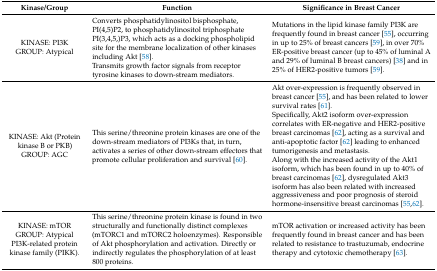
<table><thead><tr><td><b>Kinase/Group</b></td><td><b>Function</b></td><td><b>Significance in Breast Cancer</b></td></tr></thead><tbody><tr><td>KINASE: PI3K GROUP: Atypical</td><td>Converts phosphatidylinositol bisphosphate, PI(4,5)P2, to phosphatidylinositol triphosphate PI(3,4,5,)P3, which acts as a docking phospholipid site for the membrane localization of other kinases including Akt [58].Transmits growth factor signals from receptor tyrosine kinases to down-stream mediators.</td><td>Mutations in the lipid kinase family PI3K are frequently found in breast cancer [55], occurring in up to 25% of breast cancers [59], in over 70% ER-positive breast cancer (up to 45% of luminal A and 29% of luminal B breast cancers) [38] and in 25% of HER2-positive tumors [59].</td></tr><tr><td>KINASE: Akt (Protein kinase B or PKB) GROUP: AGC</td><td>This serine/threonine protein kinases are one of the down-stream mediators of PI3Ks that, in turn, activates a series of other down-stream effectors that promote cellular proliferation and survival [60].</td><td>Akt over-expression is frequently observed in breast cancer [55], and has been related to lower survival rates [61]. Specifically, Akt2 isoform over-expression correlates with ER-negative and HER2-positive breast carcinomas [62], acting as a survival and anti-apoptotic factor [62] leading to enhanced tumorigenesis and metastasis. Along with the increased activity of the Akt1 isoform, which has been found in up to 40% of breast carcinomas [62], dysregulated Akt3 isoform has also been related with increased aggressiveness and poor prognosis of steroid hormone-insensitive breast carcinomas [55,62].</td></tr><tr><td>KINASE: mTOR GROUP: Atypical PI3K-related protein kinase family (PIKK).</td><td>This serine/threonine protein kinase is found in two structurally and functionally distinct complexes (mTORC1 and mTORC2 holoenzymes). Responsible of Akt phosphorylation and activation. Directly or indirectly regulates the phosphorylation of at least 800 proteins.</td><td>mTOR activation or increased activity has been frequently found in breast cancer and has been related to resistance to trastuzumab, endocrine therapy and cytotoxic chemotherapy [63].</td></tr></tbody></table>